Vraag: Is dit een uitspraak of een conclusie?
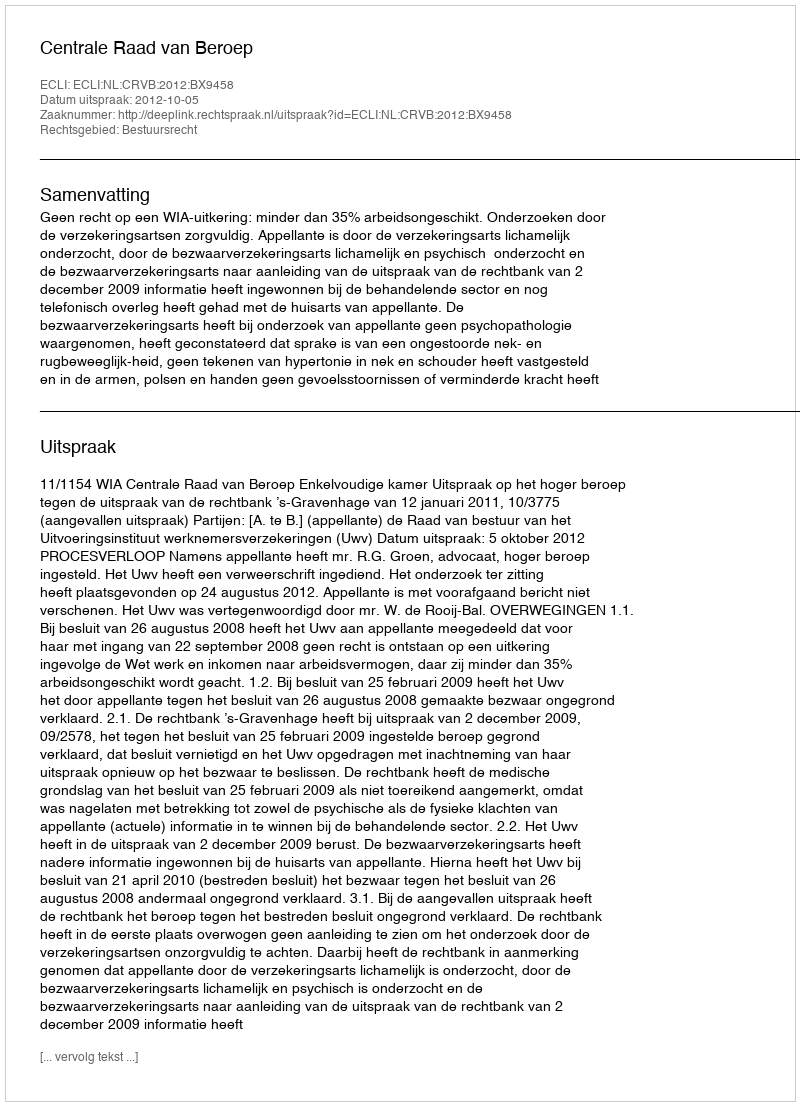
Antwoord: Uitspraak